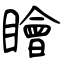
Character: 瞺